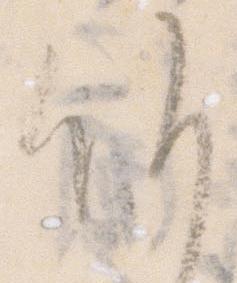
候